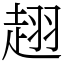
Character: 趐